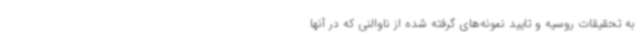
به تحقیقات روسیه و تایید نمونه‌های گرفته شده از ناوالنی که در آنها